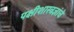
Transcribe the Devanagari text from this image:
पक्षीशास्त्रज्ञांचे